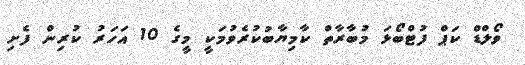
ވޯލްޑް ކަޕް ފުޓްބޯޅަ މުބާރާތް ކާމިޔާބުކުރެވުމަކީ މީގެ 10 އަހަރު ކުރިން ފެށި